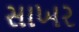
સાખર